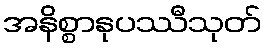
အနိစ္စာနုပဿီသုတ်